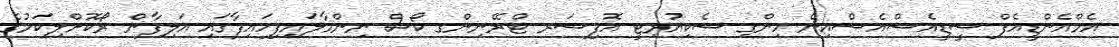
އެމްއެންޑީއެފް ސީޑީއެސްއެސްއިން ހިންގި ސެކިއުރިޓީ އޮފިސަރ ޓްރޭނިންގ ކޯސް ނިންމާލައިފިހައިފާގައި އަލިފާން ރޯކޮށްލިކަމުގެ